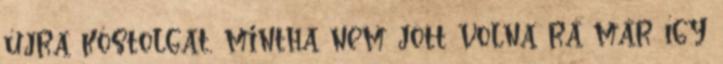
újra kóstolgat, mintha nem jött volna rá már így